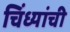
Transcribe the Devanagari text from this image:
चिंध्यांची